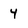
Character: 4